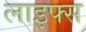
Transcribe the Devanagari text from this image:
लाइफ्स